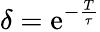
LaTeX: \delta=\mathrm{e}^{-\frac{{T}}{{\tau}}}